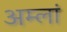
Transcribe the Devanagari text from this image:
अम्लां